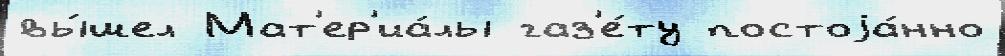
вы́шел Мат'ер'иа́лы газ'е́ту постоjа́нно